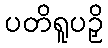
ပတိရူပဉှိ